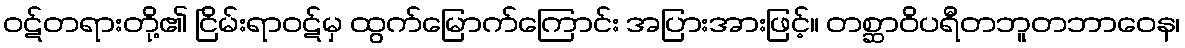
ဝဋ်တရားတို့၏ ငြိမ်းရာဝဋ်မှ ထွက်မြောက်ကြောင်း အပြားအားဖြင့်။ တစ္ဆာဝိပရီတဘူတဘာဝေန၊